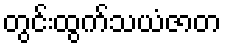
တွင်းထွက်သယံဇာတ